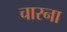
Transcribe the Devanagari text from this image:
चारना